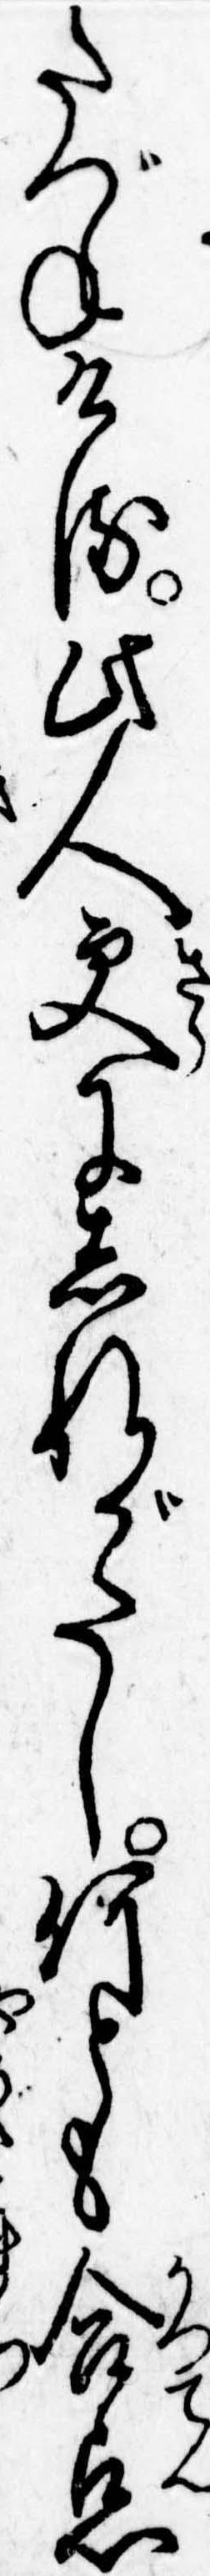
たづねける此人更にしれがたし何とも合点